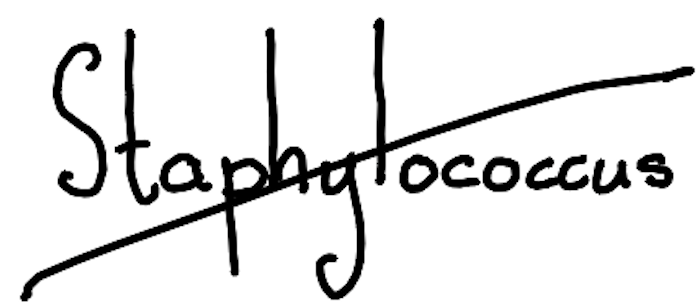
Text: Staphylococcus
Cross-out: diagonal
Writing tool: digital_black